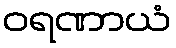
ဝရဏာယံ